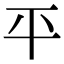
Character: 平